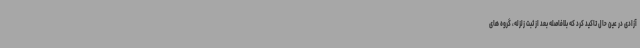
آزادی در عین حال تاکید کرد که بلافاصله بعد از ثبت زلزله، گروه های